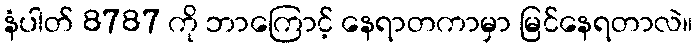
နံပါတ် 8787 ကို ဘာကြောင့် နေရာတကာမှာ မြင်နေရတာလဲ။